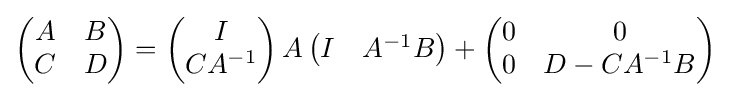
{\begin{pmatrix}A&B\\C&D\end{pmatrix}}={\begin{pmatrix}I\\CA^{-1}\end{pmatrix}}\,A\,{\begin{pmatrix}I&A^{-1}B\end{pmatrix}}+{\begin{pmatrix}0&0\\0&D-CA^{-1}B\end{pmatrix}}